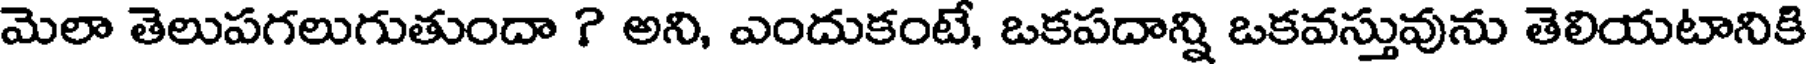
మెలా తెలుపగలుగుతుందా ? అని, ఎందుకంటే, ఒకపదాన్ని ఒకవస్తువును తెలియటానికి